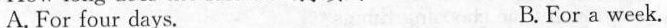
A. For four days. B.For a week.